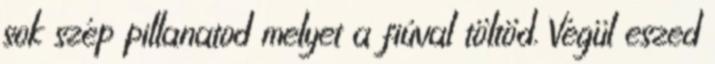
sok szép pillanatod melyet a fiúval töltöd. Végül eszed